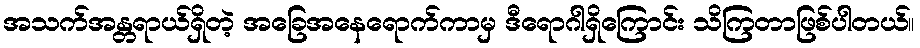
အသက်အန္တရာယ်ရှိတဲ့ အခြေအနေရောက်ကာမှ ဒီရောဂါရှိကြောင်း သိကြတာဖြစ်ပါတယ်။